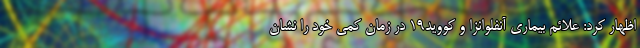
اظهار کرد: علائم بیماری آنفلوانزا و کووید۱۹ در زمان کمی خود را نشان